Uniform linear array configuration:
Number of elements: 24
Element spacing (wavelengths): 0.5
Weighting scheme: cosine
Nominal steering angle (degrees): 15
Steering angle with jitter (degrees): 15.832
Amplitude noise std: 0.05
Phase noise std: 0.05

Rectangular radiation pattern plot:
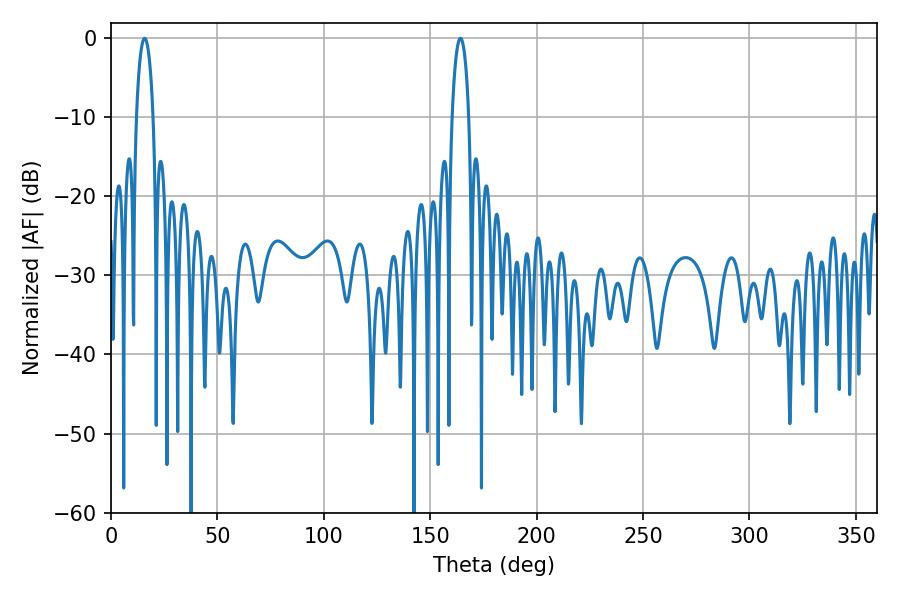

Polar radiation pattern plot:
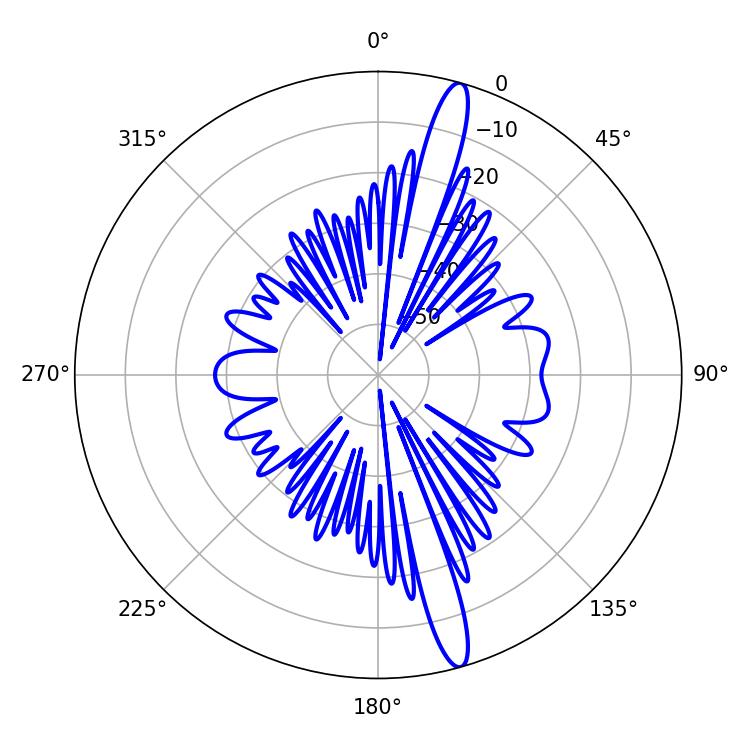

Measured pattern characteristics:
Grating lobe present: FALSE
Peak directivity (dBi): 16.198
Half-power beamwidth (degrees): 4.5
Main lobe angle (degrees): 164.16